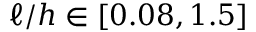
\ell / h \in [ 0 . 0 8 , 1 . 5 ]